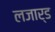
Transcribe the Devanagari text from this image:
लजार्ड